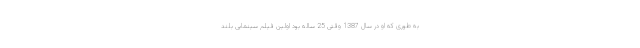
به طوری که او در سال 1387 وقتی 25 ساله بود اولین فیلم سینمایی بلند